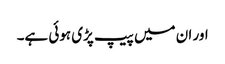
اور ان میں پیپ پڑی ہوئی ہے۔